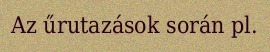
Az űrutazások során pl.